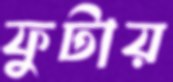
ফুটায়